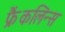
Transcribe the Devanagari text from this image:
फ्रैंकलिन्स